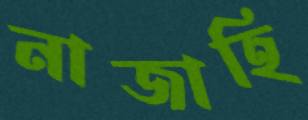
নাজাহি